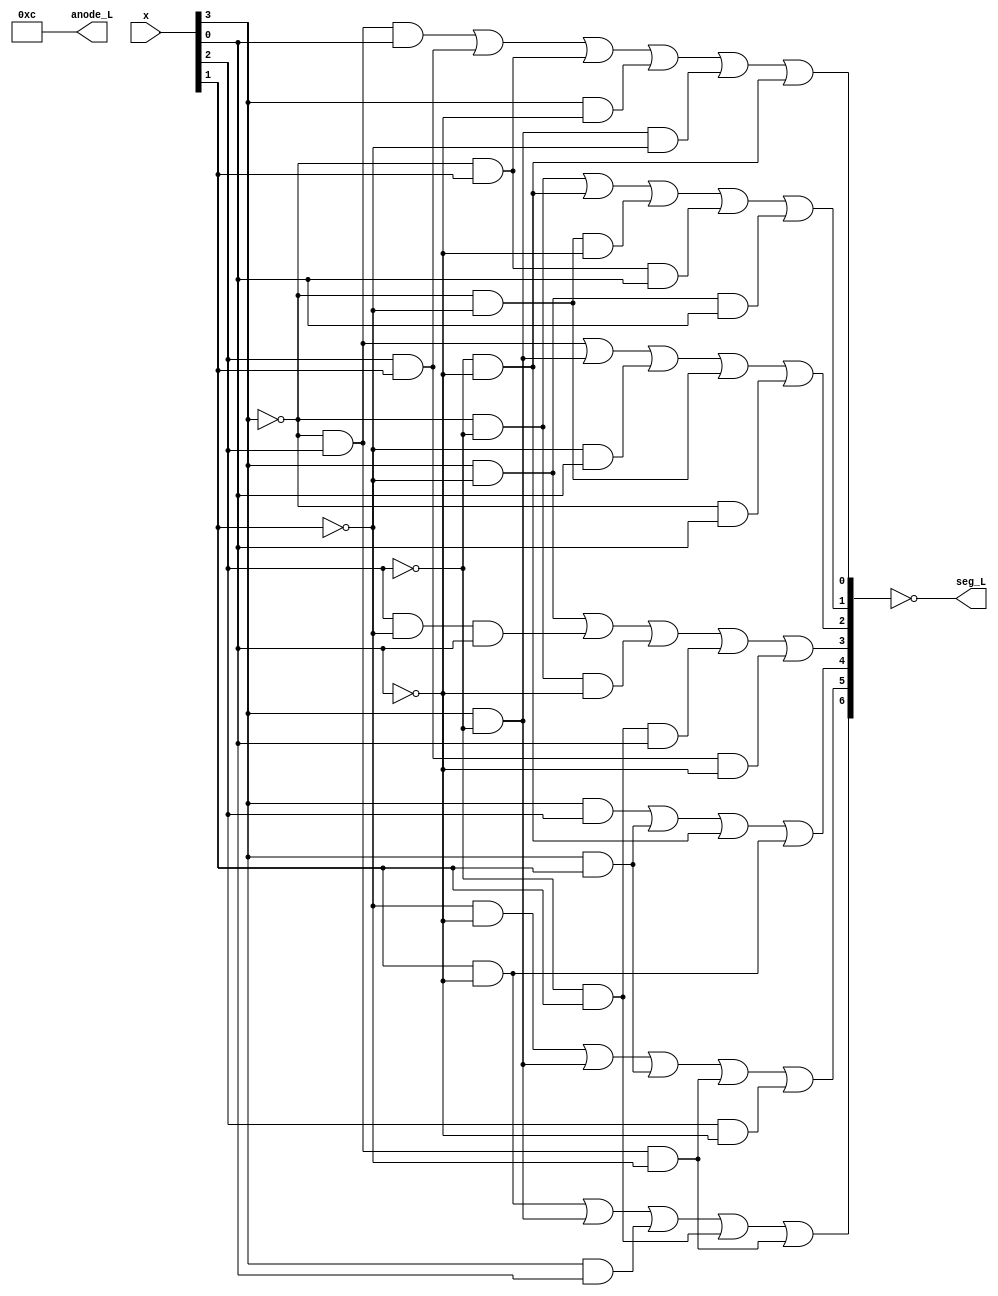
`timescale 1ns / 1ps
//////////////////////////////////////////////////////////////////////////////////
// Company:
// Engineer:
//
// Design Name:
// Module Name: vsevenseg
// Project Name: Lab3
// Target Devices:
// Tool Versions:
// Description:
//
// Dependencies:
//
// Revision:
// Revision 0.01 - File Created
// Additional Comments:
//
//////////////////////////////////////////////////////////////////////////////////


// Experiment 3
// 7 segment display with SOP logic expressions
//


module vsevenseg(
    input [3:0] x,         // 4 rightmost switches
   	output [6:0] seg_L,    // active low segment display
	output [3:0] anode_L   // active low digit display
	);

// declare internal active high segments
wire [6:0] seg;	            // 1:on, 0:off

// turn on only the two rightmost digits - active low
assign anode_L = 4'b1100;

// pull cathode low to light up segment - active low
assign seg_L = ~seg;

// x format {msb, ., ., lsb}
// seg[6:0] format {g, f, e, d, c, b, a} - active high
// segment a, b, e, g expressions are given
  // segment a= x3'x2x0 + x2x1 + x3'x1 + x3x0' + x3x2'x1' + x2'x0'
   assign seg[0] = ~x[3]&x[2]&x[0]|x[2]&x[1]|~x[3]&x[1]|x[3]&~x[0]|x[3]&~x[2]&~x[1]|~x[2]&~x[0];
  // segment b= x3'x2' + x2'x0' + x3'x1'x0' + x3'x1x0 + x3x1'x0
   assign seg[1] = ~x[3]&~x[2]|~x[2]&~x[0]|~x[3]&~x[1]&~x[0]|~x[3]&x[1]&x[0]|x[3]&~x[1]&x[0];
  // segment e= x3x2 + x3x1 + x2'x0' + x1x0'
   assign seg[4] = x[3]&x[2]|x[3]&x[1]|~x[2]&~x[0]|x[1]&~x[0];
  // segment g= x1x0' + x3x2' + x3x0 + x2'x1 + x3'x2x1'
   assign seg[6] = x[1]&~x[0]|x[3]&~x[2]|x[3]&x[0]|~x[2]&x[1]|~x[3]&x[2]&~x[1];

////////////////////////////////////////////
// students to fill in these 3 expressions
// remember to end each statement with a semicolon ";"

   // segment c
    assign seg[2] = ~x[3]&x[2]|x[3]&~x[2]|~x[1]&x[0]|~x[3]&~x[1]|~x[3]&x[0];

   // segment d
    assign seg[3] = x[3]&~x[1]|x[2]&~x[1]&x[0]|~x[3]&~x[2]&~x[0]|~x[2]&x[1]&x[0]|x[2]&x[1]&~x[0];

   // segment f
    assign seg[5] = ~x[1]&~x[0]|x[3]&~x[2]|x[3]&x[1]|~x[3]&x[2]&~x[1]|x[2]&~x[0];

endmodule